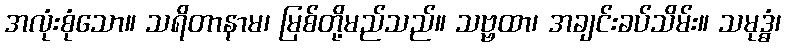
အလုံးစုံသော။ သရိတာနာမ၊ မြစ်တို့မည်သည်။ သဗ္ဗထာ၊ အချင်းခပ်သိမ်း။ သမုဒ္ဓံ၊